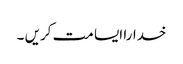
خدارا ایسا مت کریں ۔